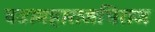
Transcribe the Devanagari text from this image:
वडामहाराजधिराज